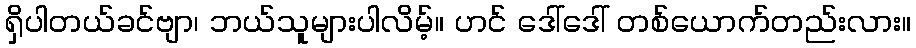
ရှိပါတယ်ခင်ဗျာ၊ ဘယ်သူများပါလိမ့်။ ဟင် ဒေါ်ဒေါ် တစ်ယောက်တည်းလား။